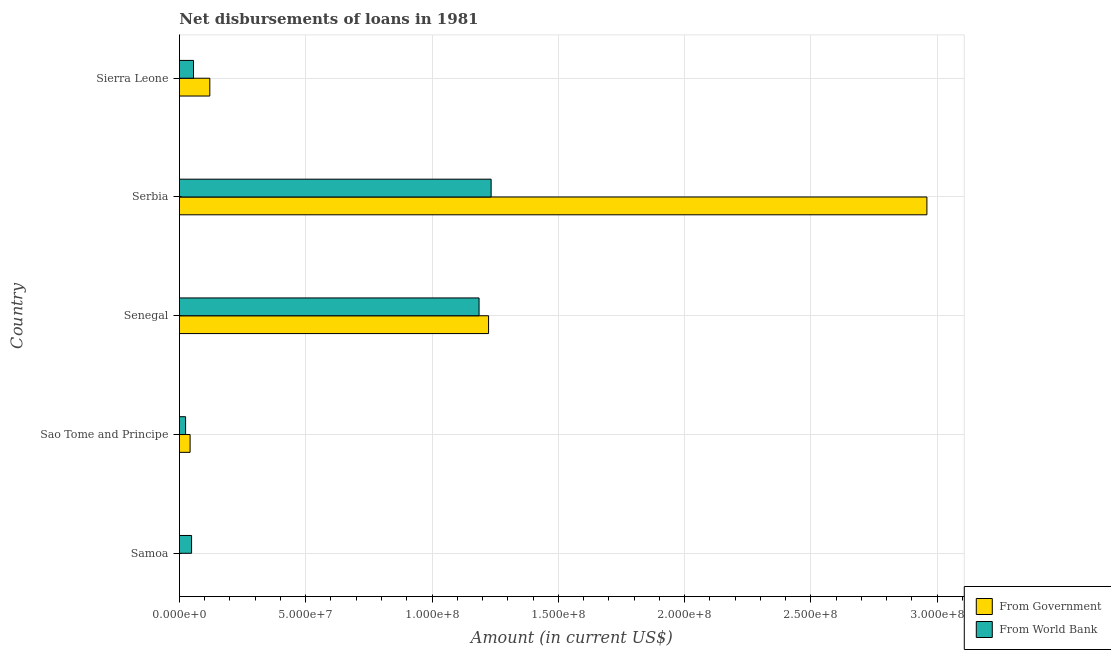
| Country | From Government | From World Bank |
 | --- | --- | --- |
 | Samoa | 1e+04 | 4.81e+06 |
 | Sao Tome and Principe | 4.23e+06 | 2.45e+06 |
 | Senegal | 1.22e+08 | 1.19e+08 |
 | Serbia | 2.96e+08 | 1.23e+08 |
 | Sierra Leone | 1.2e+07 | 5.58e+06 |